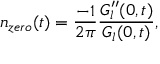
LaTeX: n _ { z e r o } ( t ) = \frac { - 1 } { 2 \pi } \frac { G _ { l } ^ { \prime \prime } ( 0 , t ) } { G _ { l } ( 0 , t ) } ,